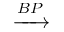
\xrightarrow { B P }